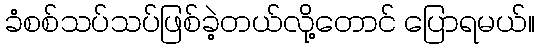
ခံစစ်သပ်သပ်ဖြစ်ခဲ့တယ်လို့တောင် ပြောရမယ်။